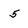
Character: 5